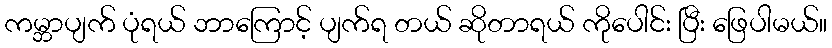
ကမ္ဘာပျက် ပုံရယ် ဘာကြောင့် ပျက်ရ တယ် ဆိုတာရယ် ကိုပေါင်း ပြီး ဖြေပါမယ်။